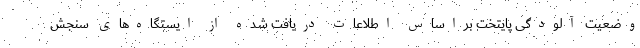
وضعیت آلودگی پایتخت براساس اطلاعات دریافت شده از ایستگاه‌های سنجش